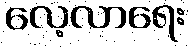
လေ့လာရေး